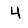
Digit: 4